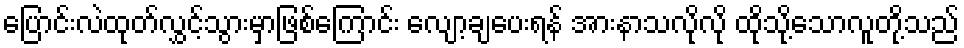
ပြောင်းလဲထုတ်လွှင့်သွားမှာဖြစ်ကြောင်း လျော့ချပေးရန် အားနာသလိုလို ထိုသို့သောလူတို့သည်